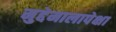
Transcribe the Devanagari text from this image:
मुद्देमालापेक्षा